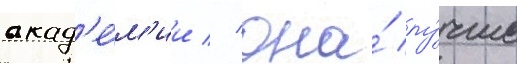
акад'е́м'ии // Она́ лу́чше